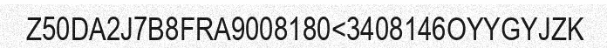
Z50DA2J7B8FRA9008180<3408146OYYGYJZK